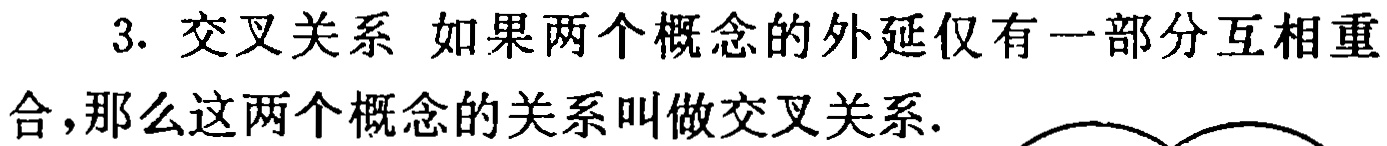
3. 交叉关系 如果两个概念的外延仅有一部分互相重合,那么这两个概念的关系叫做交叉关系.